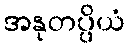
အနုတပ္ပိယံ